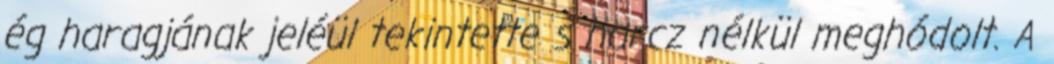
ég haragjának jeléül tekintette s harcz nélkül meghódolt. A